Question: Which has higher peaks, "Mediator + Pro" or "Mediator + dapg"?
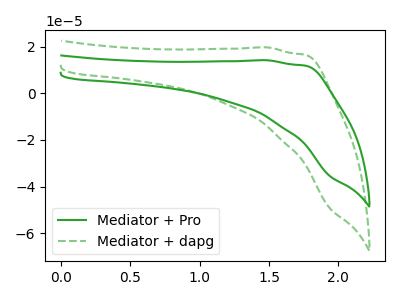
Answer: <think>The green curve "Mediator + Pro" has no peaks. The green dashed curve "Mediator + dapg" has no peaks.</think>
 <answer>Niether CV has any peaks.</answer>
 <eval>blanks</eval>